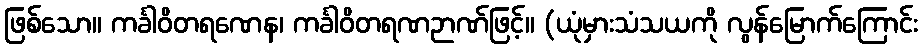
ဖြစ်သော။ ကင်္ခါဝိတရဏေန၊ ကင်္ခါဝိတရဏဉာဏ်ဖြင့်။ (ယုံမှားသံသယကို လွန်မြောက်ကြောင်း